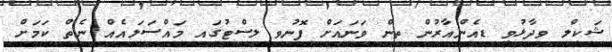
ޝަކީލް ވިދާޅުވީ ޑިއެންއާރުން ތިން ވަނައަށް ފޮނުވި ލިސްޓުގައި މައްސަލައެއް ނެތް ކަމަށް